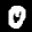
Label: 0